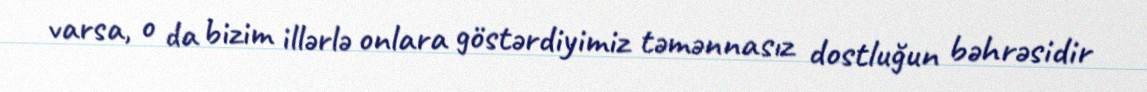
varsa, o da bizim illərlə onlara göstərdiyimiz təmənnasız dostluğun bəhrəsidir